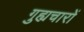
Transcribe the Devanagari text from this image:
गुह्यचारों